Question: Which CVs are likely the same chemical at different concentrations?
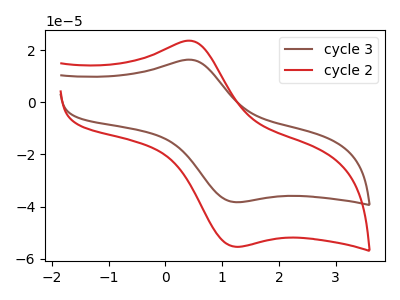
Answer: <think>The brown curve "cycle 3" has an anodic peak at (0.50V, 16.20uA) and a cathodic peak at (1.30V, -38.25uA). The red curve "cycle 2" has an anodic peak at (0.50V, 23.40uA) and a cathodic peak at (1.30V, -55.35uA).
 All the peaks in "cycle 3" have a peak in "cycle 2" at the same potential. Every peak in "cycle 3" is lower than every peak in "cycle 2".</think>
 <answer>"cycle 2" and "cycle 3" have the same shape and are likely CV's of the same chemical.</answer>
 <eval>"cycle 2" "cycle 3"</eval>